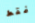
فقط